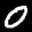
Label: 0